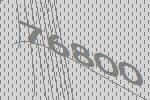
76800